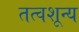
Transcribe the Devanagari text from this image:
तत्वशून्य